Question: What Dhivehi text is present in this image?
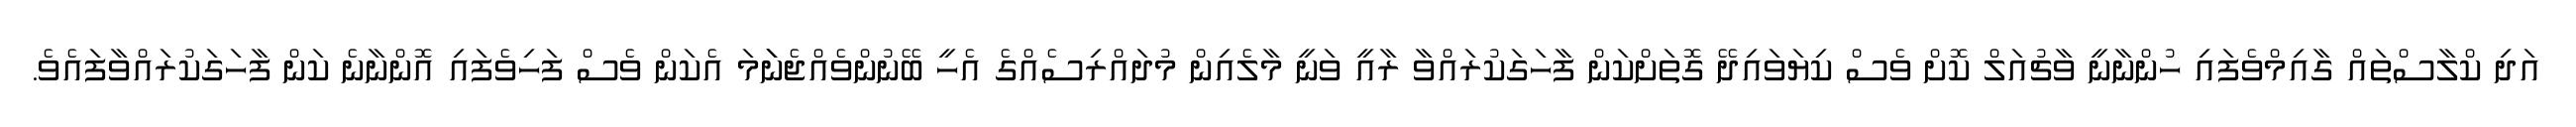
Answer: އަދި ކްލާސްތައް ގާއިމްވެފައި ހުންނާނީ ވާޗުއަލް ކޮށް ވެސް ކިޔަވައިދޭ ގޮތަށްކަން ފާހަގަކުރައްވާ ރާއީ ވަނީ މާލެއިން މުދައްރިސެއްގެ އެހީ ބޭނުންވެއްޖެނަަމަ އެކަން ވެސް ފަހިވެފައި އޮންނާނެ ކަން ފާހަގަކުރައްވާފައެވެ.